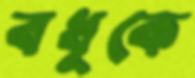
বধুকে